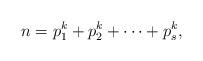
LaTeX: \begin{align*}n=p_1^k+p_2^k+\dots +p_s^k,\end{align*}